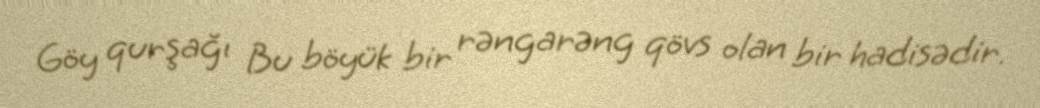
Göy qurşağı Bu böyük bir rəngarəng qövs olan bir hadisədir.